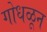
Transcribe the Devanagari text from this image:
गोधळून